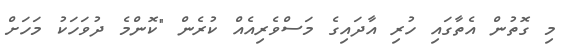
މި ގޮތުން އެތާގައި ހުރި އާދައިގެ މަސްވެރިއެއް ކުރެން "ކޮންމެ ދުވަހަކު މަހަށް